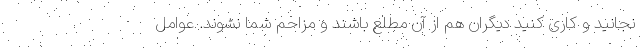
نجانید و کاری کنید دیگران هم از آن مطلع باشند و مزاحم شما نشوند. عوامل